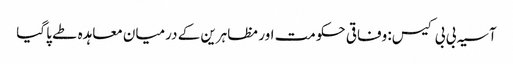
آسیہ بی بی کیس: وفاقی حکومت اور مظاہرین کے درمیان معاہدہ طے پا گیا